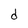
Character: d